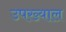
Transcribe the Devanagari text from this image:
उपख्याल